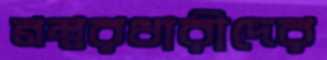
নম্বরধারীদের